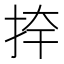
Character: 𭠦